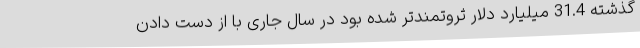
گذشته 31.4 میلیارد دلار ثروتمندتر شده بود در سال جاری با از دست دادن